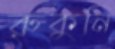
রুকুনি